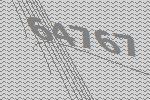
64767